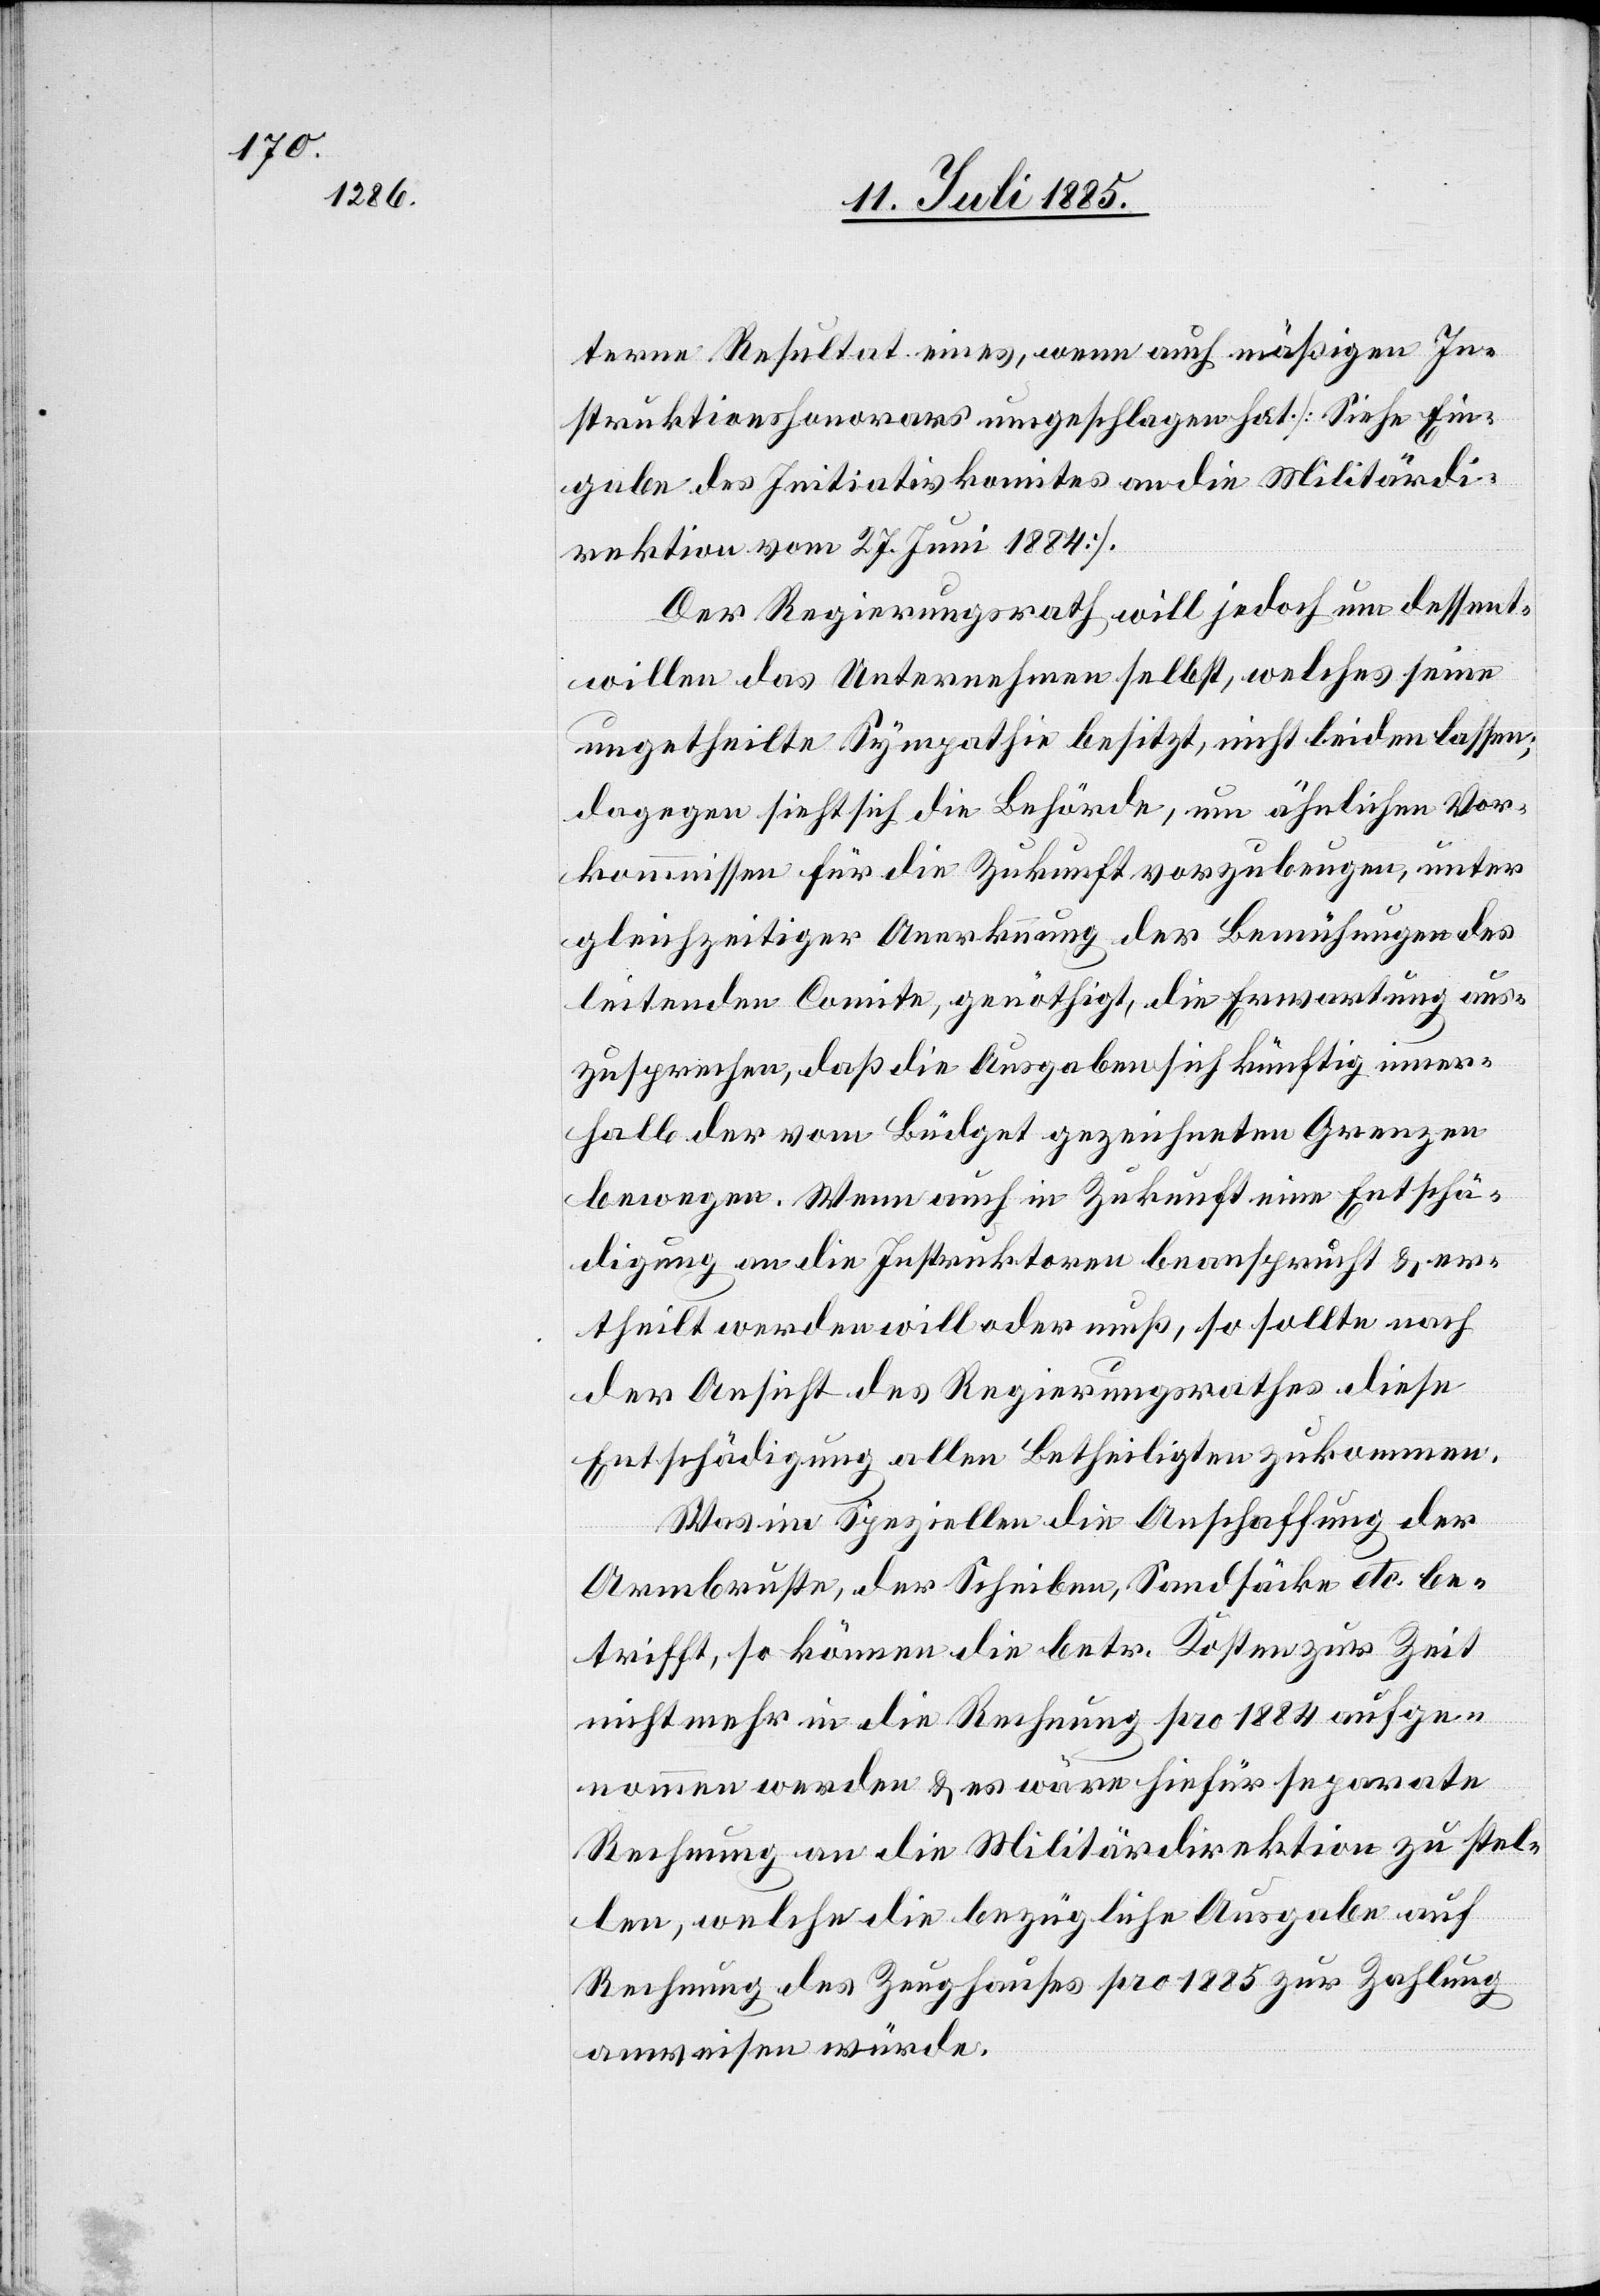
terne Resultat eines, wenn auch mäßigen In¬
struktionshonorars umgeschlagen hat. [Siehe ein¬
gaben des Initiativkomites an die Militärdi¬
rektion vom 27. Juni 1884].
Der Regierungsrath will jedoch um dessent¬
willen das Unternehmen selbst, welches seine
ungetheilte Sympathie besitzt, nicht leiden lassen;
dagegen sieht sich die Behörde, um ähnlichen Vor¬
kommnissen für die Zukunft vorzubeugen, unter
gleichzeitiger Anerkennung der Bemühungen des
leitenden Comite, genöthigt, die Erwartung aus¬
zusprechen, daß die Ausgaben sich künftig inner¬
halb der vom Büdget gezeichneten Grenzen
bewegen. Wenn auch in Zukunft eine Entschä¬
digung an die Instruktoren beansprucht & er¬
theilt werden will oder muß, so sollte nach
der Ansicht des Regierungsrathes diese
Entschädigung allen Betheiligten zukommen.
Was im Speziellen die Anschaffung der
Armbruste, der Scheiben, Sandsäcke etc. be¬
trifft, so können die betr. Kosten zur Zeit
nicht mehr in die Rechnung pro 1884 aufge¬
nommen werden & es wäre hiefür separate
Rechnung an die Militärdirektion zu stel¬
len, welche die bezügliche Ausgabe auf
Rechnung des Zeughauses pro 1885 zur Zahlung
anweisen würde.